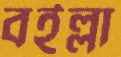
বইল্লা